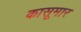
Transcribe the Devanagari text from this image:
कासूमार